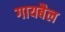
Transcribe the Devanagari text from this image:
गायबैल